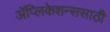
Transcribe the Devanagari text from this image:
अॅप्लिकेशन्ससाठी